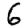
Digit: 6